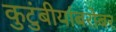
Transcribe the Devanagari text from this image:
कुटुंबीयांबरोबर